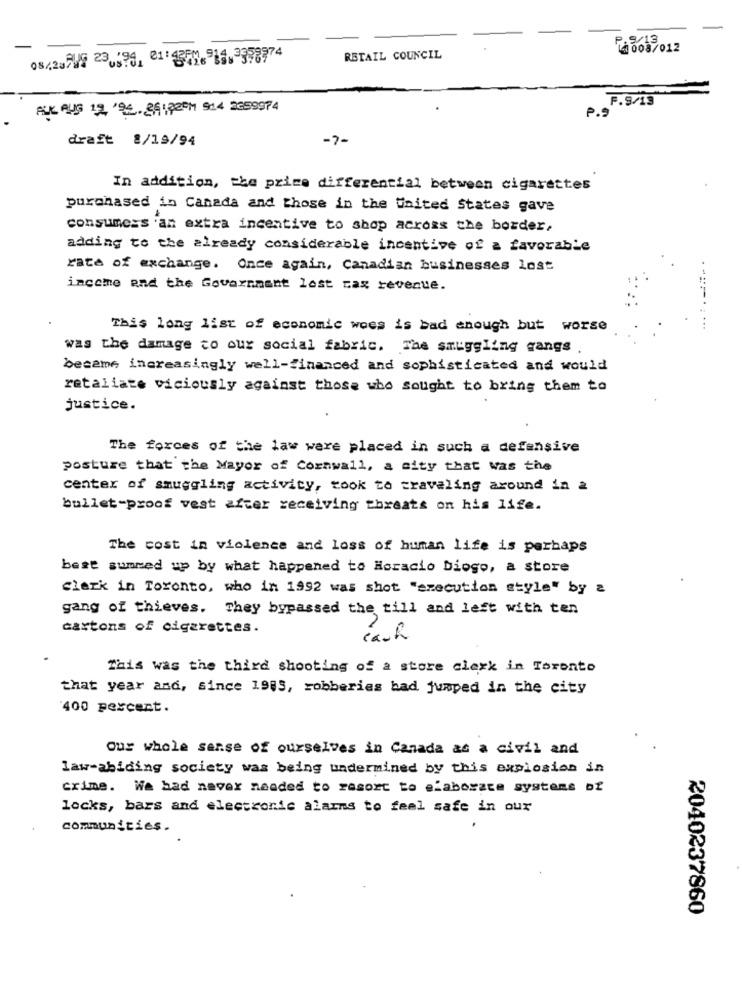
008/012
08/20249 23.198, 01:4371. 914.3378974
RETAIL COUNCIL
ALK AUS 12 125. 26:22PM 914 2359974
P.S'
draft 2/19/94
-7-
In addition, the price differential between cigarettes
purchased in Canada and those in the United States gave
consumers 'an extra incentive to shop across the bozder,
adding to the already considerable incentive of a favorable
rate of exchange. Once again, Canadian businesses Lost
income and the Government lost tax revenue.
This long list of economic woes is bad enough but worse
was the damage to our social fabric. The smuggling gangs
became, increasingly well-financed and sophisticated and would
retaliate viciously against those who sought to bring them to
justice.
The forces of the law were placed in such a defensive
posture that the Mayor of Cornwall, a city that was the
center of smuggling activity, took to traveling around in a
bullet-proof vest after receiving threats on his life.
The cost in violence and loss of human life is perhaps
best summed up by what happened to Horacio Diogo, a store
clark in Toronto, who in 1992 was shot "execution style" by 2
gang of thieves. They bypassed the till and left with ten
caxtons of cigarettes.
This was the third shooting of a store clerk in Toronto
that year and, since 1985, robberies had jumped in the city
400 percent.
Our whole sense of ourselves in Canada as a civil and
law-abiding society was being undermined by this explosion in
crime. We bad never needed to resort to elaborate systems of
locks, bars and electronic alarms to feel safe in our
communities.
2040237860